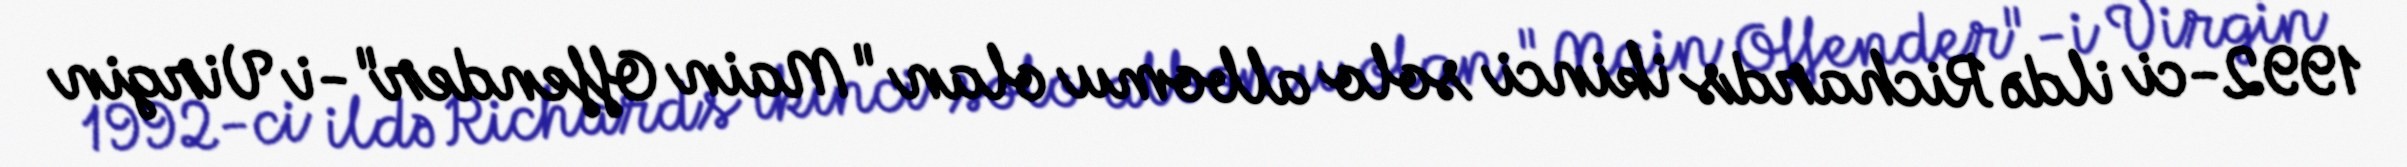
1992-ci ildə Richards ikinci solo albomu olan "Main Offender"-i Virgin